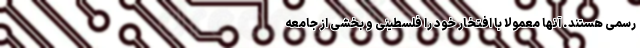
رسمی هستند. آنها معمولا با افتخار خود را فلسطینی و بخشی از جامعه